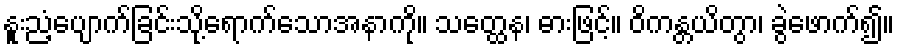
နူးညံ့ပျောက်ခြင်းသို့ရောက်သောအနာကို။ သတ္ထေန၊ ဓားဖြင့်။ ဝိကန္တယိတွာ၊ ခွဲဖောက်၍။